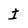
Character: I